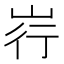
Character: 𪨳